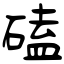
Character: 磕